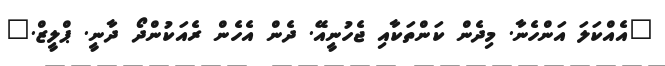
"އެއްކަލަ އަންހެނާ. މިދެން ކަންތަކާއި ޖެހުނީއޭ. ދެން އެހެން ރެއަކުންދޯ ދާނީ. ޕްލީޒް."